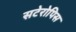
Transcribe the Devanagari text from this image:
सटेरोपिस